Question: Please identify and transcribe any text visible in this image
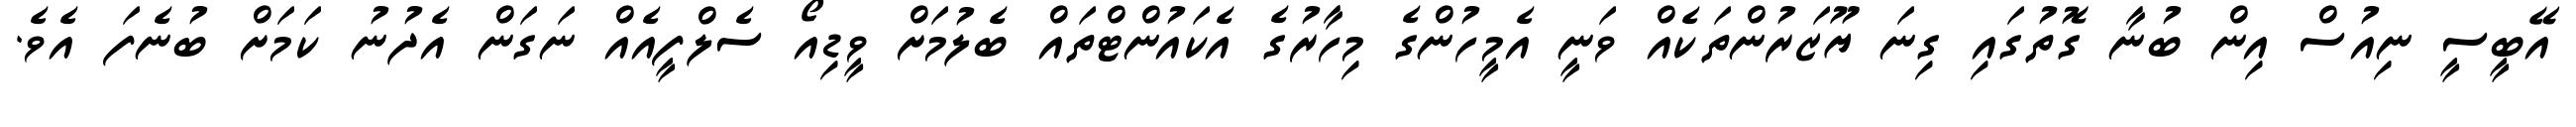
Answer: އޭބީސީ ނިއުސް އިން ބުނާ ގޮތުގައި ގިނަ ޔޫޒަރުންތަކެއް ވަނީ އެމީހުންގެ މިހާރުގެ އެކައުންޓްތައް ބެލުމަށް ވީޑިއޯ ސެލްފީއެއް ނަގަން އެދުނު ކަމަށް ބުނެފަ އެވެ.